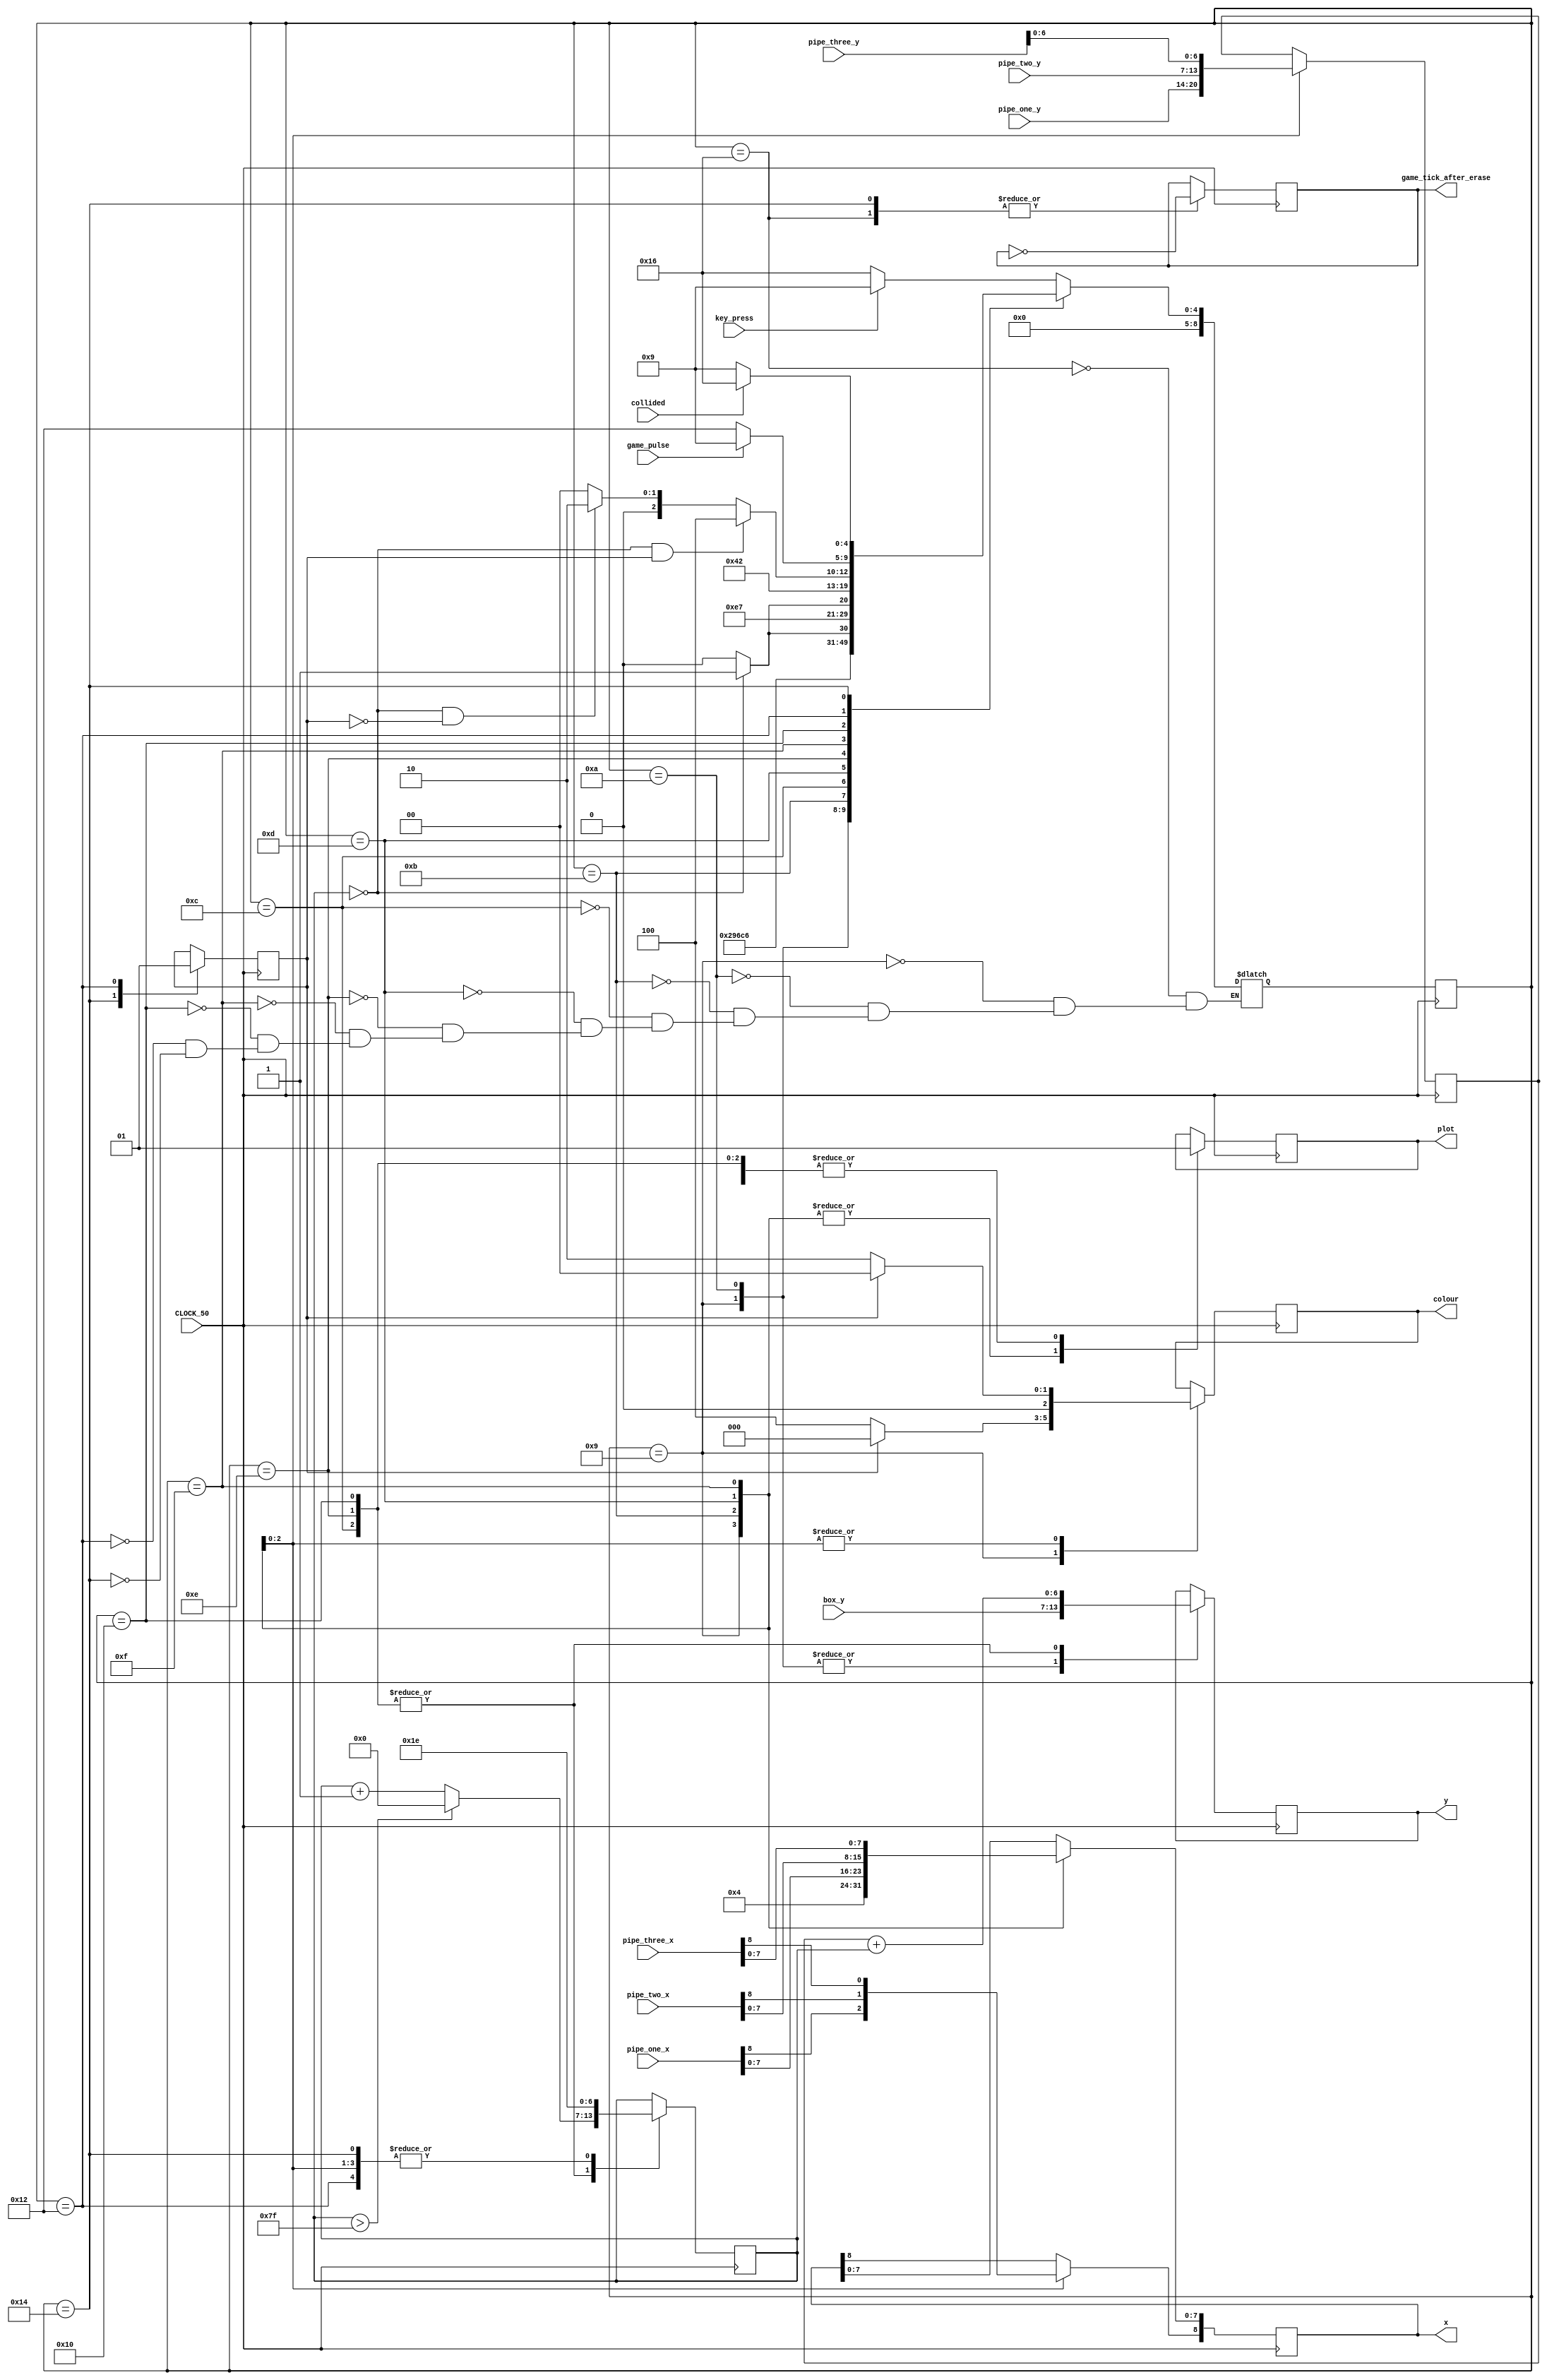
module painter(
    input CLOCK_50,
    input game_pulse,
    input [6:0]box_y,
    input [8:0]pipe_one_x,
    input [6:0]pipe_one_y,
    input [8:0]pipe_two_x,
    input [6:0]pipe_two_y,
    input [8:0]pipe_three_x,
    input [8:0]pipe_three_y,
    input collided,
    input key_press,
    output plot,
    output [8:0] x,
    output [6:0] y,
    output [2:0] colour,
    output game_tick_after_erase
    );

    // the main module that handles all the incoming x and y coordinates from the pipes and boxes and sends the
    // relevant x and y coordinates 1 by 1 to the vga so the vga can draw them on the screen


    // the register to store the different values to be outputted
	reg [8:0] x_reg; // x coordinate
	reg [6:0] y_reg; // y coordinate
    assign x[8:0] = x_reg[8:0];
    assign y[6:0] = y_reg[6:0];
    reg [6:0] temp_y_reg; // temporary y coordinate
    reg plot_reg; // plot signal
	assign plot = plot_reg;
    reg [2:0]colour_reg; // color
    assign colour[2:0] = colour_reg[2:0];
    reg [6:0] gap_counter; // the gap for the pipe
    reg is_erase; // signal to erase and draw the pipes again
	reg game_tick_after_erase_reg; // game tick signal
	assign game_tick_after_erase = game_tick_after_erase_reg;
    reg [8:0] current_state, next_state;
    
    // assign different states of the finite state machine to a number
    // as well as assign the different non-changing binary bits to a variable
    // such as 3'b000 to the variable BLACK, making it easier to set the color to black
    localparam  DRAW_BOX_1          			= 9'd0,
                DRAW_BOX_2          			= 9'd1,
                DRAW_BOX_3          			= 9'd2,
                DRAW_BOX_4          			= 9'd3,
                DRAW_BOX_5         			= 9'd4,
                DRAW_BOX_6          			= 9'd5,
                DRAW_BOX_7          			= 9'd6,
                DRAW_BOX_8         			= 9'd7,
                DRAW_BOX_9          			= 9'd8,
		DRAW_BOX_PREPARE 			= 9'd9,
		DRAW_BOX				= 9'd10,
		DRAW_PIPE_ONE_LINE_PREPARE 		= 9'd11,
                DRAW_PIPE_ONE_LINE  			= 9'd12,
                DRAW_PIPE_TWO_LINE_PREPARE   		= 9'd13,
		DRAW_PIPE_TWO_LINE			= 9'd14,
		DRAW_PIPE_THREE_LINE_PREPARE 		= 9'd15,
		DRAW_PIPE_THREE_LINE 			= 9'd16,
		WAIT_DRAW				= 9'd17,
		WAIT_ERASE				= 9'd18,
		ERASE_PIPE_LINE     			= 9'd19,
		DONE_ERASE				= 9'd20,
                WAIT                			= 9'd21,
                START_SCREEN       			= 9'd22,
                GREEN               			= 3'b010,
                BLACK               			= 3'b000,
		RED		    			= 3'b100,
		PIPE_GAP_LENGTH				= 7'd30;
	 reg [6:0] seven_bit_counter =7'd30;

    // the finite state machine table, the condition required for different states to go to the next one
    always@(*)
    begin: state_table
            case (current_state)
                START_SCREEN: // start at the start screen state, where the entire screen is black until the key press input sends a signal
                    next_state = key_press ? DRAW_BOX_PREPARE : START_SCREEN;
				DRAW_BOX_PREPARE: // state to prepare the relevant parameters to draw the box
					next_state = DRAW_BOX;
				DRAW_BOX: // the state where it sends the signal out to the vga so the box can be drawn
					next_state = DRAW_PIPE_ONE_LINE_PREPARE;
				DRAW_PIPE_ONE_LINE_PREPARE: // state where it prepares the relevant parameters to draw pipe 1
					next_state = DRAW_PIPE_ONE_LINE;
				DRAW_PIPE_ONE_LINE: // state where the individual coordinates of the pipe is sent to the vga, until seven_bit_counter is 0 it'll loop in this state, once it's 0 it'll draw pipe 2
					next_state = (seven_bit_counter == 0) ? DRAW_PIPE_TWO_LINE_PREPARE: DRAW_PIPE_ONE_LINE;
				DRAW_PIPE_TWO_LINE_PREPARE: // prepares the parameter for pipe 2
					next_state = DRAW_PIPE_TWO_LINE;
				DRAW_PIPE_TWO_LINE: // loops in this state until pipe 2 is drawn, then it advances to draw pipe 3
					next_state = (seven_bit_counter == 0) ? DRAW_PIPE_THREE_LINE_PREPARE : DRAW_PIPE_TWO_LINE;
				DRAW_PIPE_THREE_LINE_PREPARE: // prepare the parameteres for pipe 3
					next_state = DRAW_PIPE_THREE_LINE;
				DRAW_PIPE_THREE_LINE: begin // loops in this state until pipe 3 is drawn, then it goes to prepare for erasing the screen to draw the next frame, or back to drawing if it was erasing
					next_state = DRAW_PIPE_THREE_LINE;
					if(seven_bit_counter == 0 && is_erase)
						next_state = DONE_ERASE;
					else if(seven_bit_counter == 0 && !is_erase)
						next_state = WAIT_ERASE;
					end
                // state to prepare the parameter for erasing, then it will go back to draw_box_prepare and loop through the states again to either erase or draw
				WAIT_ERASE: next_state = game_pulse ? DRAW_BOX_PREPARE : WAIT_ERASE;
                // once it is done erasing or drawing, it will resets the variables required for either drawing or erasing respectively
				DONE_ERASE : next_state = collided ? START_SCREEN : DRAW_BOX_PREPARE;
//                DRAW_PIPE_ONE_GAP: next_state = (gap_counter == 0) ? DRAW_PIPE_ONE_LINE : DRAW_PIPE_ONE_GAP;
//						ERASE_OR_DRAW: next_state = (is_erase) ? WAIT_ERASE : WAIT_DRAW;
//						WAIT_ERASE : next_state = game_pulse ? DRAW_PIPE_ONE_LINE : WAIT_ERASE;
//						WAIT_DRAW: next_state = DRAW_PIPE_ONE_LINE;
            endcase
    end

    
    // Output logic aka all of our datapath control signals
    always @(posedge CLOCK_50)
    begin: enable_signals
        // By default make all our signals 0

        // based on the current state, it will perform one of the following functions
        case (current_state)
    
				DRAW_BOX_PREPARE: begin // prepare the parameters to draw the box
					plot_reg <= 1'b0; // disable plotting
					x_reg[7:0] <= 8'b00000100; // x coordinate of the box
					y_reg[6:0] <= box_y[6:0]; // y coord of the box
					colour_reg <= RED; // the color of the box
					if(is_erase) // if its time to erase, set the color to black
						colour_reg <= BLACK;
					end

				DRAW_BOX: begin // begin sending the info to the vga to draw on the screen
					plot_reg <= 1'b1; // enable plotting
					y_reg[6:0] <= box_y[6:0];
					end		

				DRAW_PIPE_ONE_LINE_PREPARE: begin // prepare the parameters to draw the first pipe
					plot_reg <= 1'b0; // disable plotting
					seven_bit_counter <= 7'd30; // the counter for the opening of the pipe
					x_reg[8:0] <= pipe_one_x[8:0]; // x coord
					temp_y_reg[6:0] <= pipe_one_y[6:0]; // y coord
					colour_reg <= GREEN; // color of the pipe
               				if(is_erase) // set color to black if it is time to erase
                   				colour_reg <= BLACK;
						end

            			DRAW_PIPE_ONE_LINE: begin // send the individual bits to the vga to be drawn on the screen, loop in this state until the pipe is drawn
					plot_reg <= 1'b1; // enable plotting
                			seven_bit_counter <= seven_bit_counter + 1'b1; // increase the counter by 1 so it will draw on the pixel below the current one
					if(seven_bit_counter > 7'b1111111)
						seven_bit_counter <= 7'b0;
                			y_reg[6:0] <= temp_y_reg[6:0] + seven_bit_counter[6:0]; // add the old y coord and the counter to get the new y coord
                			end

				DRAW_PIPE_TWO_LINE_PREPARE: begin // prepare the parameters to draw pipe 2, same as the pipe 1 prepare 
					plot_reg <= 1'b0;
					seven_bit_counter <= 7'd30;
					x_reg[8:0] <= pipe_two_x[8:0];
					temp_y_reg[6:0] <= pipe_two_y[6:0];
					colour_reg <= GREEN;
               				if(is_erase)
                   				colour_reg <= BLACK;
						end

				DRAW_PIPE_TWO_LINE: begin // send the info out to the vga to draw the pipe 2, same as the pipe 1 
					plot_reg <= 1'b1;
                			seven_bit_counter <= seven_bit_counter + 1'b1;
					 if(seven_bit_counter > 7'b1111111) begin
						seven_bit_counter <= 7'b0;
						end
                			y_reg[6:0] <= temp_y_reg[6:0] + seven_bit_counter[6:0];
                			end

				DRAW_PIPE_THREE_LINE_PREPARE: begin // prepare the parameter to draw pipe 3, same as pipe 1 prepare
					plot_reg <= 1'b0;
					seven_bit_counter <= 7'd30;
					x_reg[8:0] <= pipe_three_x[8:0];
					temp_y_reg[6:0] <= pipe_three_y[6:0];
					colour_reg <= GREEN;
               				if(is_erase)
                   				colour_reg <= BLACK;
						end

				DRAW_PIPE_THREE_LINE: begin // send the info to the vga to draw pipe3, same as pipe1
					plot_reg <= 1'b1;
                			seven_bit_counter <= seven_bit_counter + 1'b1;
					 if(seven_bit_counter > 7'b1111111)
						seven_bit_counter <= 7'b0;
                			y_reg[6:0] <= temp_y_reg[6:0] + seven_bit_counter[6:0];
                			end

				START_SCREEN: // the start screen state
						game_tick_after_erase_reg <= ~game_tick_after_erase_reg; // it sets the game tick signal to the opposite signal

				DONE_ERASE: begin // sets the game tick signal to the opposite
						game_tick_after_erase_reg <= ~game_tick_after_erase_reg;
						seven_bit_counter <= 7'd30; // reset the seven bit counter
						is_erase <= 1'b0; // reset the is erase variable
						end

				WAIT_ERASE: begin // set the seven bit counter and the is erase variable for erasing
						seven_bit_counter <= 7'd30;
                      				is_erase <= 1'b1;
						end

           // default:    
        // don't need default since we already made sure all of our outputs were assigned a value at the start of the always block
        endcase
    end // enable_signals





    // assigning the next state to the current state
    always@(posedge CLOCK_50)
    begin: state_FFs
        current_state <= next_state;
    end // state_FFS
/*
    always@(posedge clk) begin
        plot_reg <= 1'b0;
	    if(draw_box == 1'b1) begin //DRAW_NEXT_FRAME
		    plot_reg <= 1'b1;
		    x_reg[7:0] <= 8'b00000010;
		    y_reg[6:0] <= box_y[6:0];
	    end     
    end
*/
endmodule